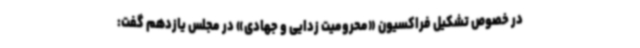
در خصوص تشکیل فراکسیون «محرومیت زدایی و جهادی» در مجلس یازدهم گفت: